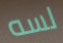
لسه